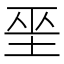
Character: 𡋻